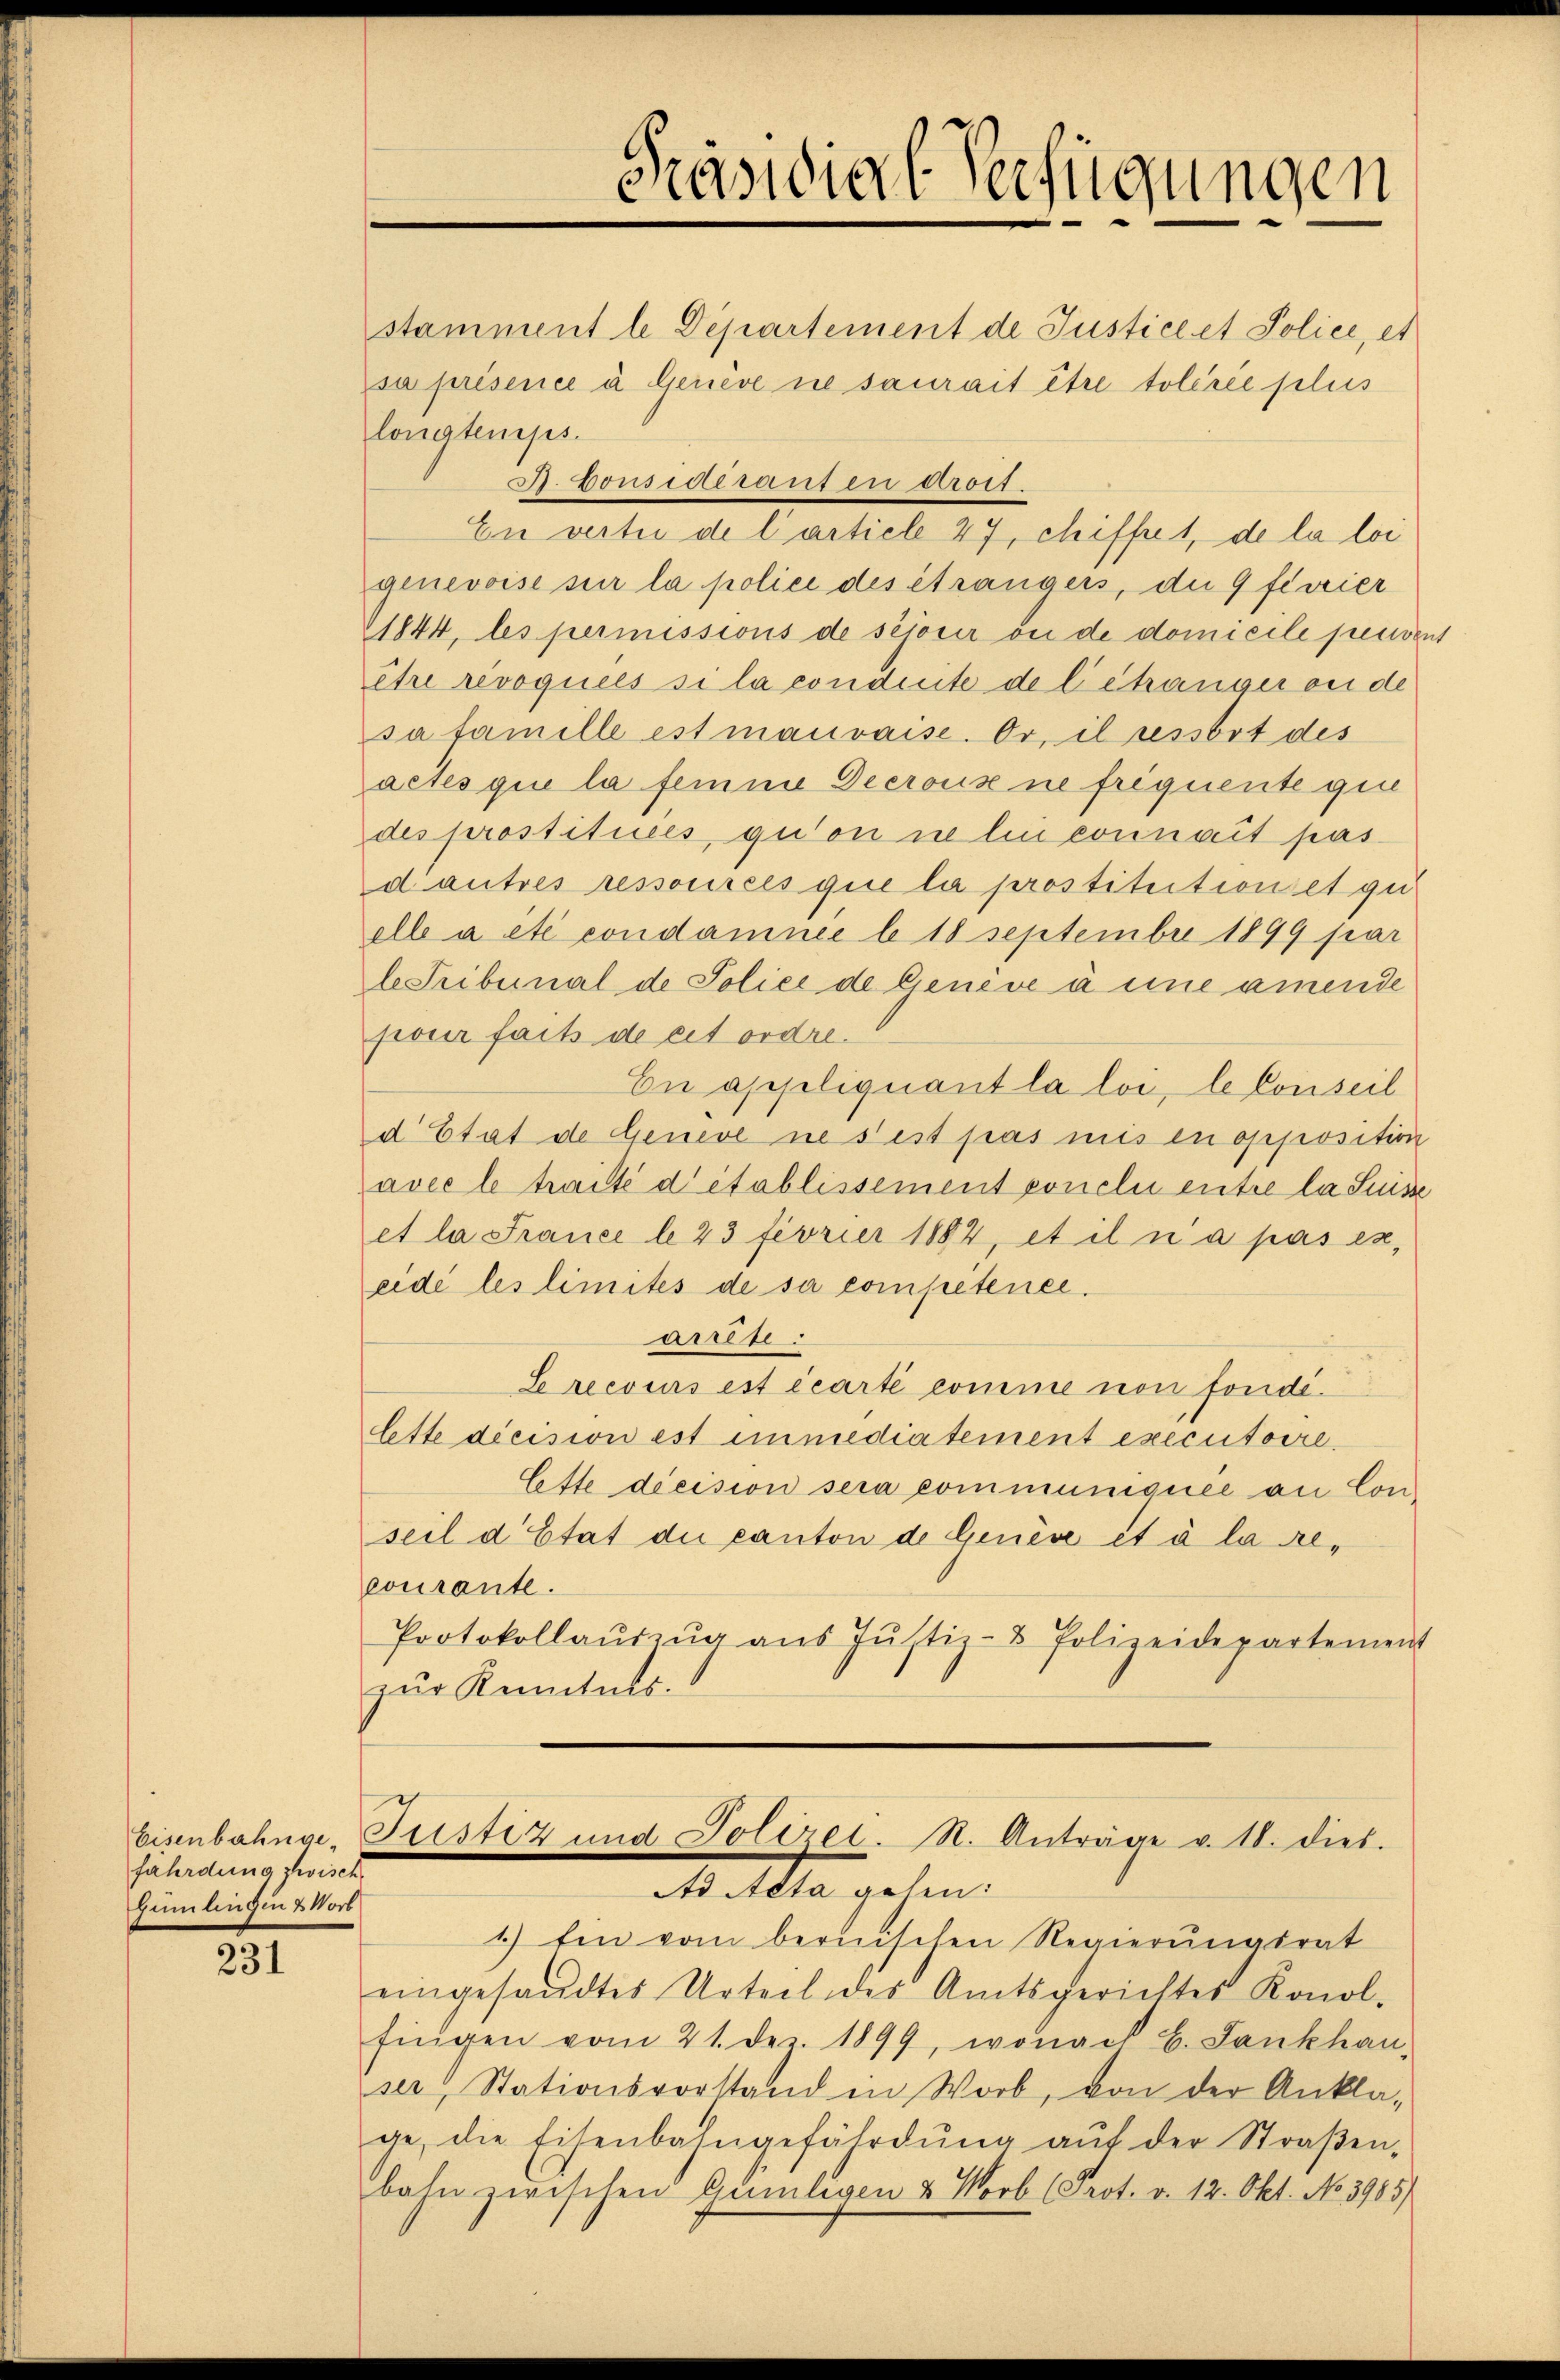
fährdung zwisch
Gümlingen & Vorb

231

stamment le Departement de Justice et Police, et

sa présence à Genève ne saurait être tolérée plus
longtemps.
. Considéranten droit.
En vertu de l’article 47, chiffret, de la loi
genevoise sur la police des étrangers, die 9 ferrier
1844, les permissions de sejover ou de domicile peuvent
être révoquées si la conduite de l’étranger ou de
sa famille est mauvaise. Or, il ressbot des
actes que la femme Decroux ne frequente gin
des prostitués, quon ne lei connait pas
d’autres ressources que la prostitection et qu
elle a été condamnee le 18 Septembre 1899 par
le Tribunal de Police de Genève à eine amende
pour faits de cet ordre.
En appliquiant la loi, le Conseil
d Etat de Geneve ne sest pas mis en opposition
avec le traité d’établissement ponelii entre la Suisse
et la France l 23 fivrier 1882, et il n’a pas es,
eide les limites de sa competenee.
arrte:
Se recours est écarte comme non fonde¬
Ette dicision est immediatement executoire.
Ette decision sera communiquée an Conseil d’Etat die canton de Genève et à la recourante.
Protokollaŭszŭg aŭs Jŭstiz- & Polizeidepartement
zŭr Kenntnis.

Präsidial-Verfügungen

1.) Ein vom bernischen Regierungsrat
eingesandtes Urteil des Amtsgerichtes Konol-
fingen vom 21. dez. 1899, wonach B. Sankhau-
ser Stationsvorstand in Worb, von der Ankla-
ge, die Eisenbahngefährdŭng aŭf der Straβen-
bahn zwischen Gumlegen & Worb (Prot. v. 12. Okt. No 3985/

Eisenbahnge-Pustiz und Polizet. St. Anträge v. 18. dies.
Ad Acta gehen.